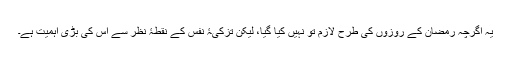
یہ اگرچہ رمضان کے روزوں کی طرح لازم تو نہیں کیا گیا، لیکن تزکیۂ نفس کے نقطۂ نظر سے اِس کی بڑی اہمیت ہے۔